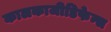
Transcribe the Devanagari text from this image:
कालकाजीडिफेन्स